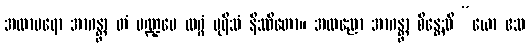
အထာပရော အာဂန္တွာ တံ မဏ္ဍပေ လဂ္ဂံ ပုရိသံ နိဿိတော။ အထညော အာဂန္တွာ စိန္တေသိ “ယော ဧသ